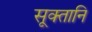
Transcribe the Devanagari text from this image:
सूक्तानि